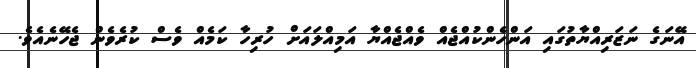
އޭނަގެ ނަޒަރިއްޔާތުގައި އަންހެންކުއްޖެއް ވެއްޖެއްޔާ އަމިއްލައަށް ހުރިހާ ކަމެއް ވެސް ކުރެވެން ޖެހޭނެއެވެ.